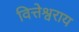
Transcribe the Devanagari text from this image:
वित्तेश्वराय